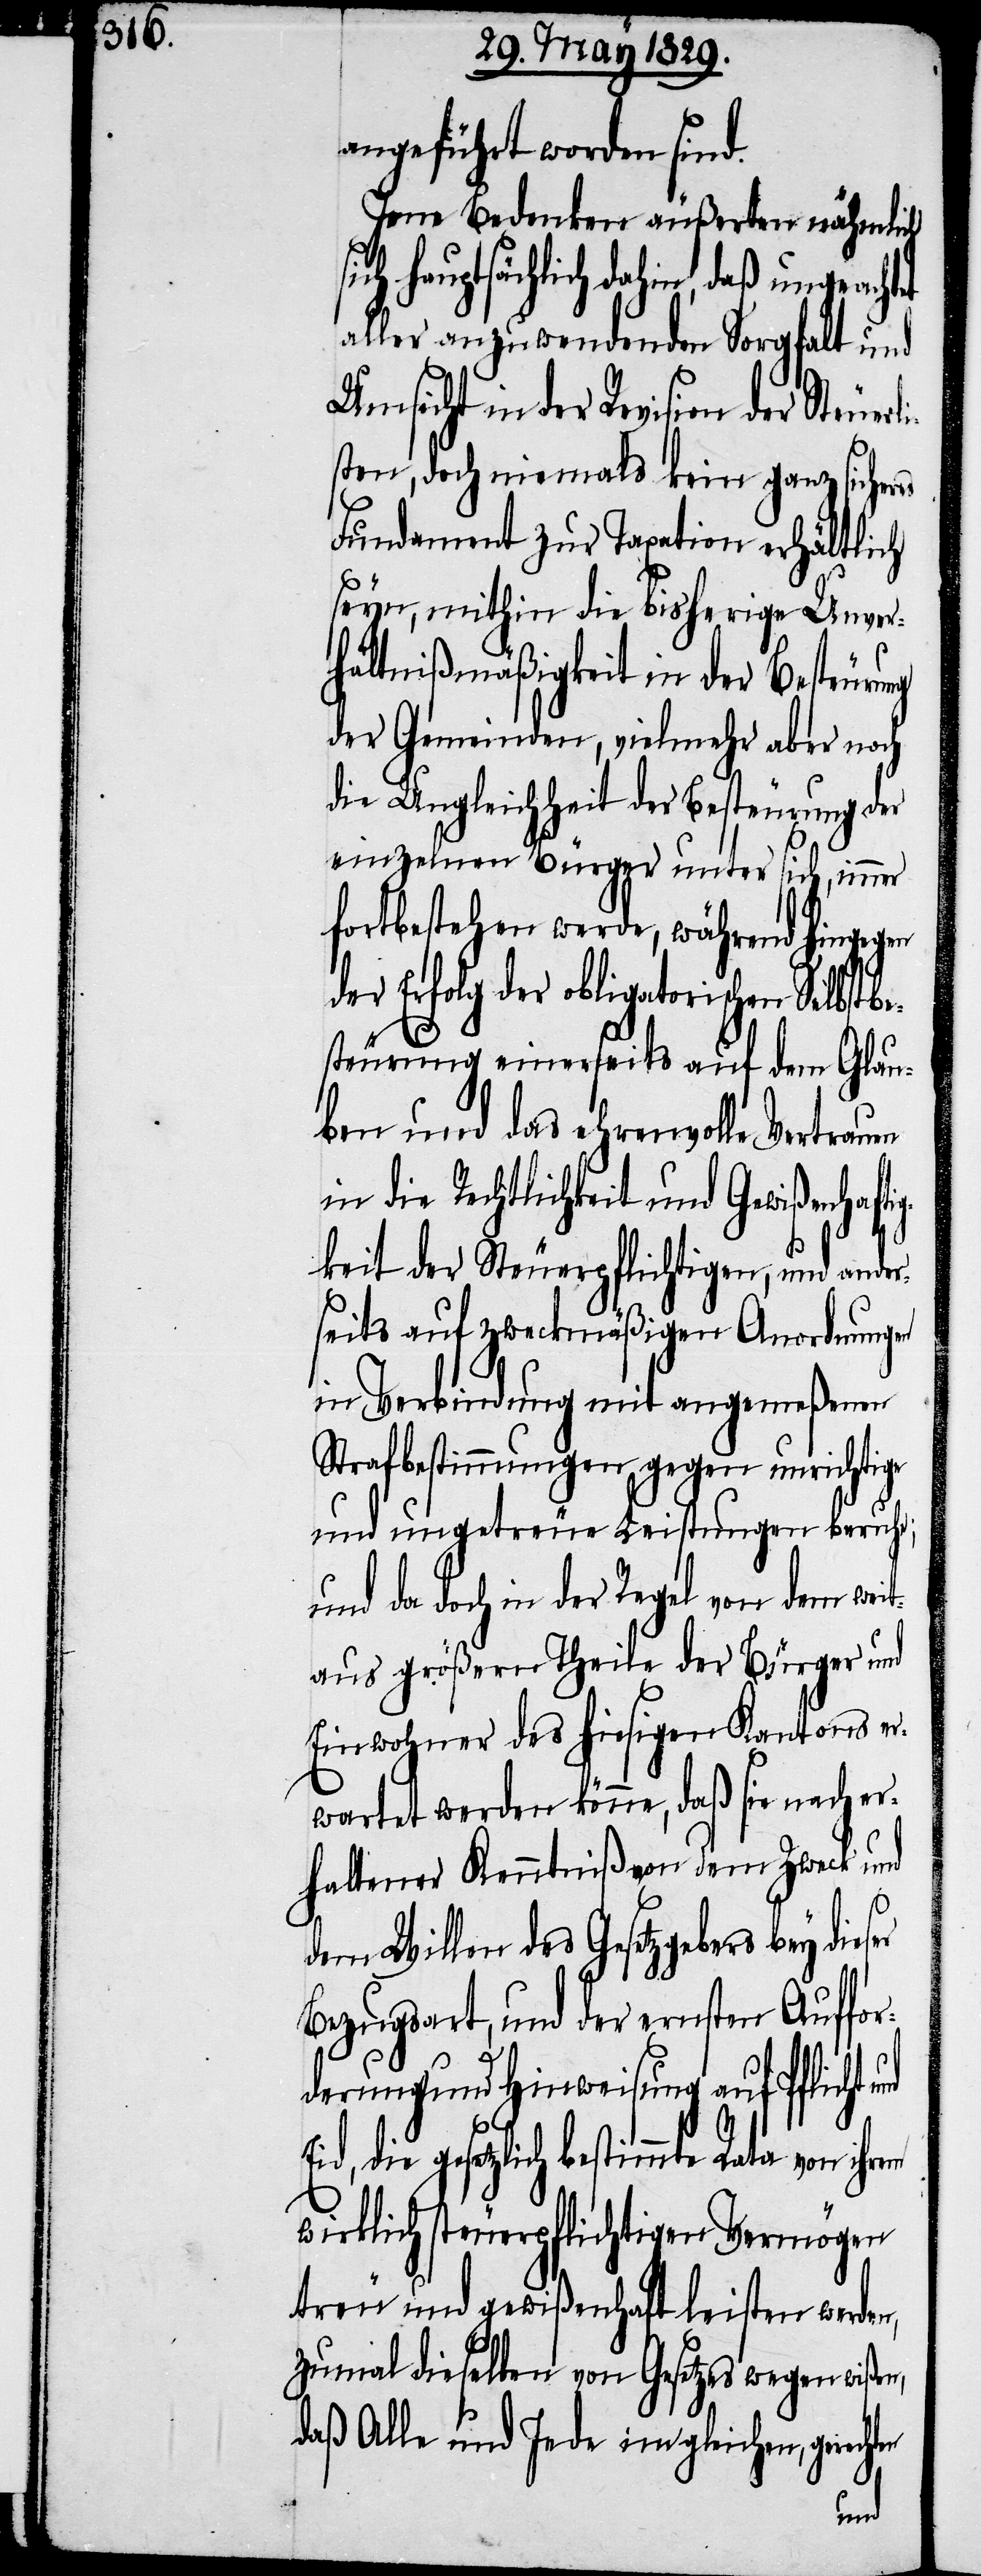
angeführt worden sind.
Jene Bedenken äußerten nähmlich
ich hauptsächlich dahin, daß ungeachtet
aller anzuwendenden Sorgfalt und
Umsicht in der Revision der Steue¬
sten, doch niemals kein ganz sicher¬
es
Fundament zur Taxation erhältlich
seyn, mithin die bisherige Unver¬
hältnißmäßigkeit in der Besteurung
der Gemeinden, vielmehr aber noch
der Ungleichheit der Besteurung der
einzelnen Bürger unter sich, immer
fortbestehen werde, während hingegen
der Erfolg der obligatorischen Selbstb¬
esteurung einerseits auf dem Glau¬
ben und das ehrenvolle Vertrauen
in die Rechtlichkeit und Gewißenhaft¬
igkeit der Steuerpflichtigen, und ander¬
seits auf zweckmäßigen Anordnungen
in Verbindung mit angemeßenen
Strafbestimmungen gegen unrichtige
und ungetreue Leistung beruhe;
und da doch in der Regel von dem weit¬
aus größern Theile der Bürger und
Einwohner des hiesigen Kantons er¬
wartet werden könne, daß sie nach e¬
rhaltener Kenntniß von dem Zweck und
dem Willen des Gesetzgebers bey
Bezugsart, und der ernsten Auffor¬
derung und Hinweisung auf Pflicht
Eid, die gesetzlich bestimmte Rata von ihren
klichen steuerpflichtigen Vermögen
treu und gewißenhaft leisten werden,
zumal dieselben von Gesetzes wegen wißen,
daß Alle und Jede im gleichen, gerech¬
ten